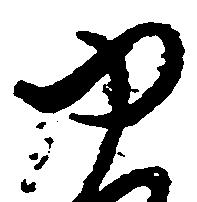
ゆ